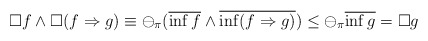
\begin{align*} \Box f \wedge \Box (f\Rightarrow g) \equiv \ominus_\pi(\overline{\inf f} \wedge \overline{\inf (f\Rightarrow g)}) \leq \ominus_\pi \overline{\inf g} =\Box g\end{align*}